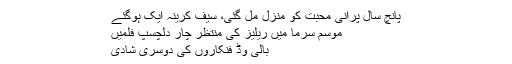
پانچ سال پرانی محبت کو منزل مل گئی، سیف کرینہ ایک ہوگئے
موسم سرما میں ریلیز کی منتظر چار دلچسپ فلمیں
بالی وڈ فنکاروں کی دوسری شادی